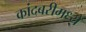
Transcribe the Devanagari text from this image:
कांदबरीमध्ये